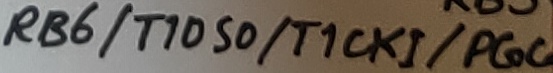
Text: RB6/T1050/T1CKi/PGC